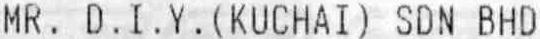
MR. D. I. Y. (KUCHAI) SDN BHD